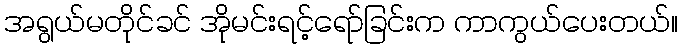
အရွယ်မတိုင်ခင် အိုမင်းရင့်ရော်ခြင်းက ကာကွယ်ပေးတယ်။